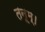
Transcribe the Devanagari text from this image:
तनूम्।